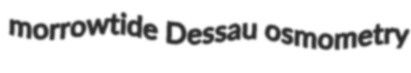
morrowtide Dessau osmometry